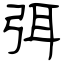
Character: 弭